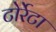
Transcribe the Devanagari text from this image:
टोर्रेटा